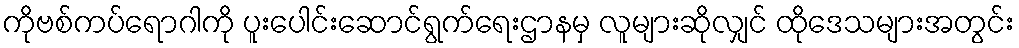
ကိုဗစ်ကပ်ရောဂါကို ပူးပေါင်းဆောင်ရွက်ရေးဌာနမှ လူများဆိုလျှင် ထိုဒေသများအတွင်း